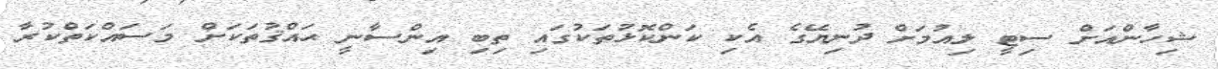
ޝިހާންއަށް ސިޓީ ލިއުމަށް ދުނިޔޭގެ އެކި ކަންކޮޅުތަކުގައި ތިބި އިންސާނީ ޙައްޤުތަކަށް މަސައްކަތްކުރާ